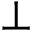
\perp